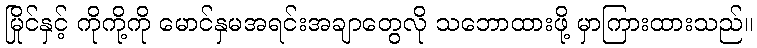
မြိုင်နှင့် ကိုကို့ကို မောင်နှမအရင်းအချာတွေလို သဘောထားဖို့ မှာကြားထားသည်။